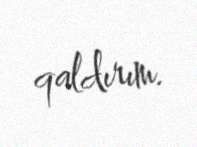
qaldırım.